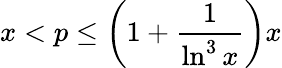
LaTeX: x<p\leq\left(1+{\frac{1}{\ln^{3}{x}}}\right)x